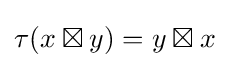
\tau (x\boxtimes y)=y\boxtimes x